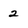
Character: 2